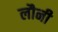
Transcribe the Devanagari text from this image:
लौनी